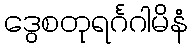
ဒွေစတုရင်္ဂဂါမိနံ